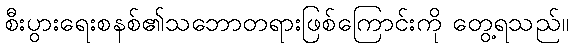
စီးပွားရေးစနစ်၏သဘောတရားဖြစ်ကြောင်းကို တွေ့ရသည်။